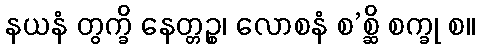
နယနံ တွက္ခိ နေတ္တဉ္စ၊ လောစနံ စ’စ္ဆိ စက္ခု စ။